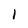
Character: 1